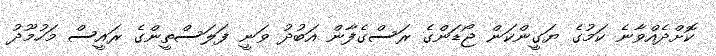
ކޮށްދެއްވާނެ ކަމުގެ ޔަގީންކަން ޖޯޑަންގެ ރަސްގެފާން އަބުދު ވަނީ ފަލަސްތީންގެ ރައީސް މަހުމޫދު